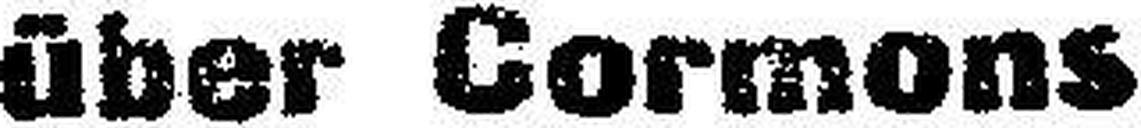
Ober Cermen»